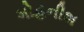
મોહનીશ